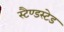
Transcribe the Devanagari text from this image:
स्टैण्डस्टेड